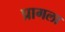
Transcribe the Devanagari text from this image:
प्रागला